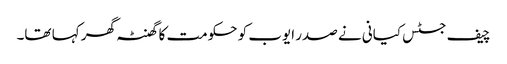
چیف جسٹس کیانی نے صدر ایوب کو حکومت کا گھنٹہ گھر کہا تھا۔